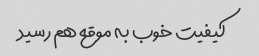
کیفیت خوب به موقع هم رسید